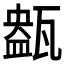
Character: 𤭹